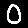
Digit: 0